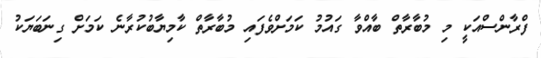
ފްރާންސްއަކީ މި މުބާރާތް ބާއްވާ ގައުމު ކަމަށްވެފައި މުބާރާތް ކާމިޔާބުކުރާނެ ކަމަށް ގިނަބަޔަކު